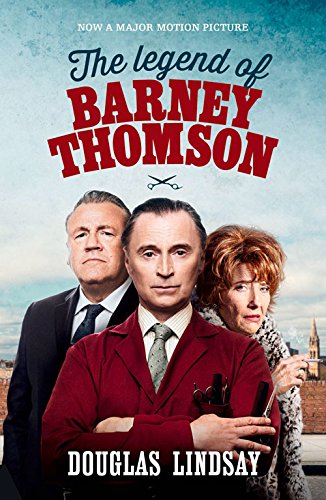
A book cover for The Legend of Barney Thomson; Douglas Lindsay; Literature & Fiction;